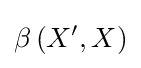
\beta \left(X^{\prime },X\right)